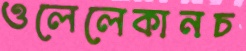
ওলেলেকানচ